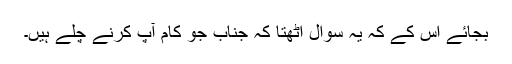
بجائے اس کے کہ یہ سوال اٹھتا کہ جناب جو کام آپ کرنے چلے ہیں۔